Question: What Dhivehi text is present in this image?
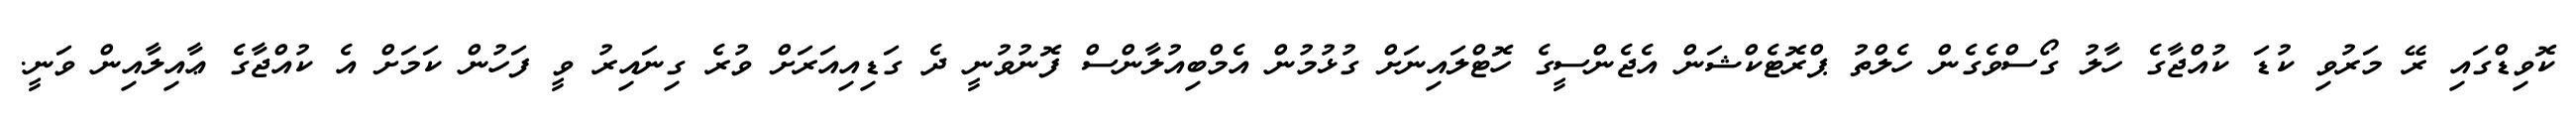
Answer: ކޮވިޑްގައި ރޭ މަރުވި ކުޑަ ކުއްޖާގެ ހާލު ގޯސްވެގެން ހެލްތު ޕްރޮޓެކްޝަން އެޖެންސީގެ ހޮޓްލައިނަށް ގުޅުމުން އެމްބިއުލާންސް ފޮނުވުނީ ދެ ގަޑިއިއަރަށް ވުރެ ގިނައިރު ވީ ފަހުން ކަމަށް އެ ކުއްޖާގެ ޢާއިލާއިން ވަނީ.